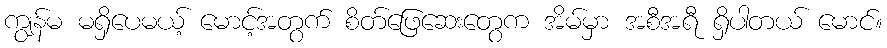
ကျွန်မ မရှိပေမယ့် မောင့်အတွက် စိတ်ဖြေဆေးတွေက အိမ်မှာ အစီအရီ ရှိပါတယ် မောင်။